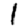
Digit: 1